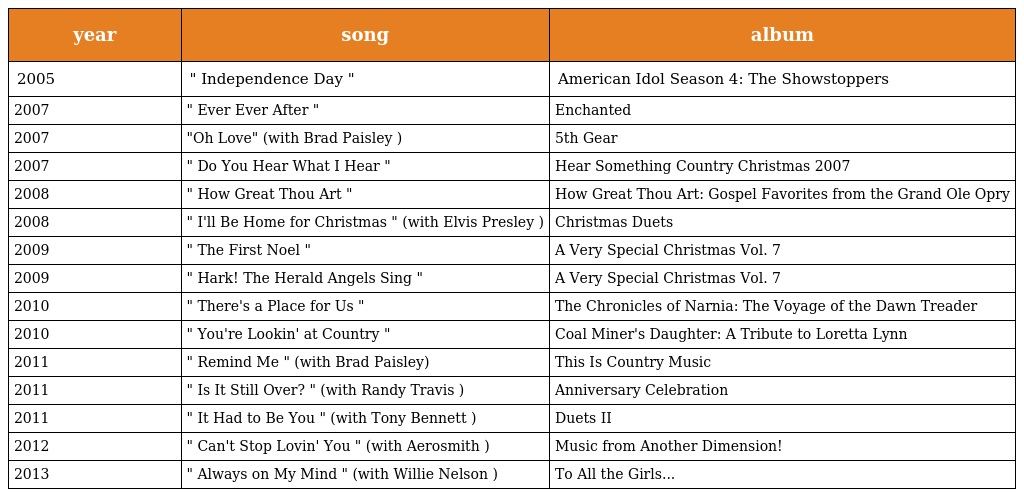
| year | song | album |
 | --- | --- | --- |
 | 2005 | " Independence Day " | American Idol Season 4: The Showstoppers |
 | 2007 | " Ever Ever After " | Enchanted |
 | 2007 | "Oh Love" (with Brad Paisley ) | 5th Gear |
 | 2007 | " Do You Hear What I Hear " | Hear Something Country Christmas 2007 |
 | 2008 | " How Great Thou Art " | How Great Thou Art: Gospel Favorites from the Grand Ole Opry |
 | 2008 | " I'll Be Home for Christmas " (with Elvis Presley ) | Christmas Duets |
 | 2009 | " The First Noel " | A Very Special Christmas Vol. 7 |
 | 2009 | " Hark! The Herald Angels Sing " | A Very Special Christmas Vol. 7 |
 | 2010 | " There's a Place for Us " | The Chronicles of Narnia: The Voyage of the Dawn Treader |
 | 2010 | " You're Lookin' at Country " | Coal Miner's Daughter: A Tribute to Loretta Lynn |
 | 2011 | " Remind Me " (with Brad Paisley) | This Is Country Music |
 | 2011 | " Is It Still Over? " (with Randy Travis ) | Anniversary Celebration |
 | 2011 | " It Had to Be You " (with Tony Bennett ) | Duets II |
 | 2012 | " Can't Stop Lovin' You " (with Aerosmith ) | Music from Another Dimension! |
 | 2013 | " Always on My Mind " (with Willie Nelson ) | To All the Girls... |